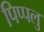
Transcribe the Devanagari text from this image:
पिप्पलु